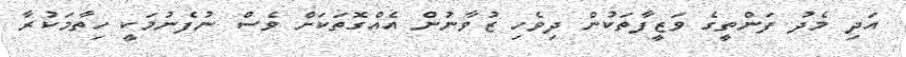
އަދި މެދު ފަންތީގެ ވަޒީފާތަކުން ދިވެހި ޒުވާނުން އެއްގޮތަކަށް ވެސް ނުފެނުމަކީ ހިތާމަކުރާ